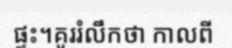
ផ្ទះ។គូររំលឹកថា កាលពី